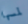
لمسها